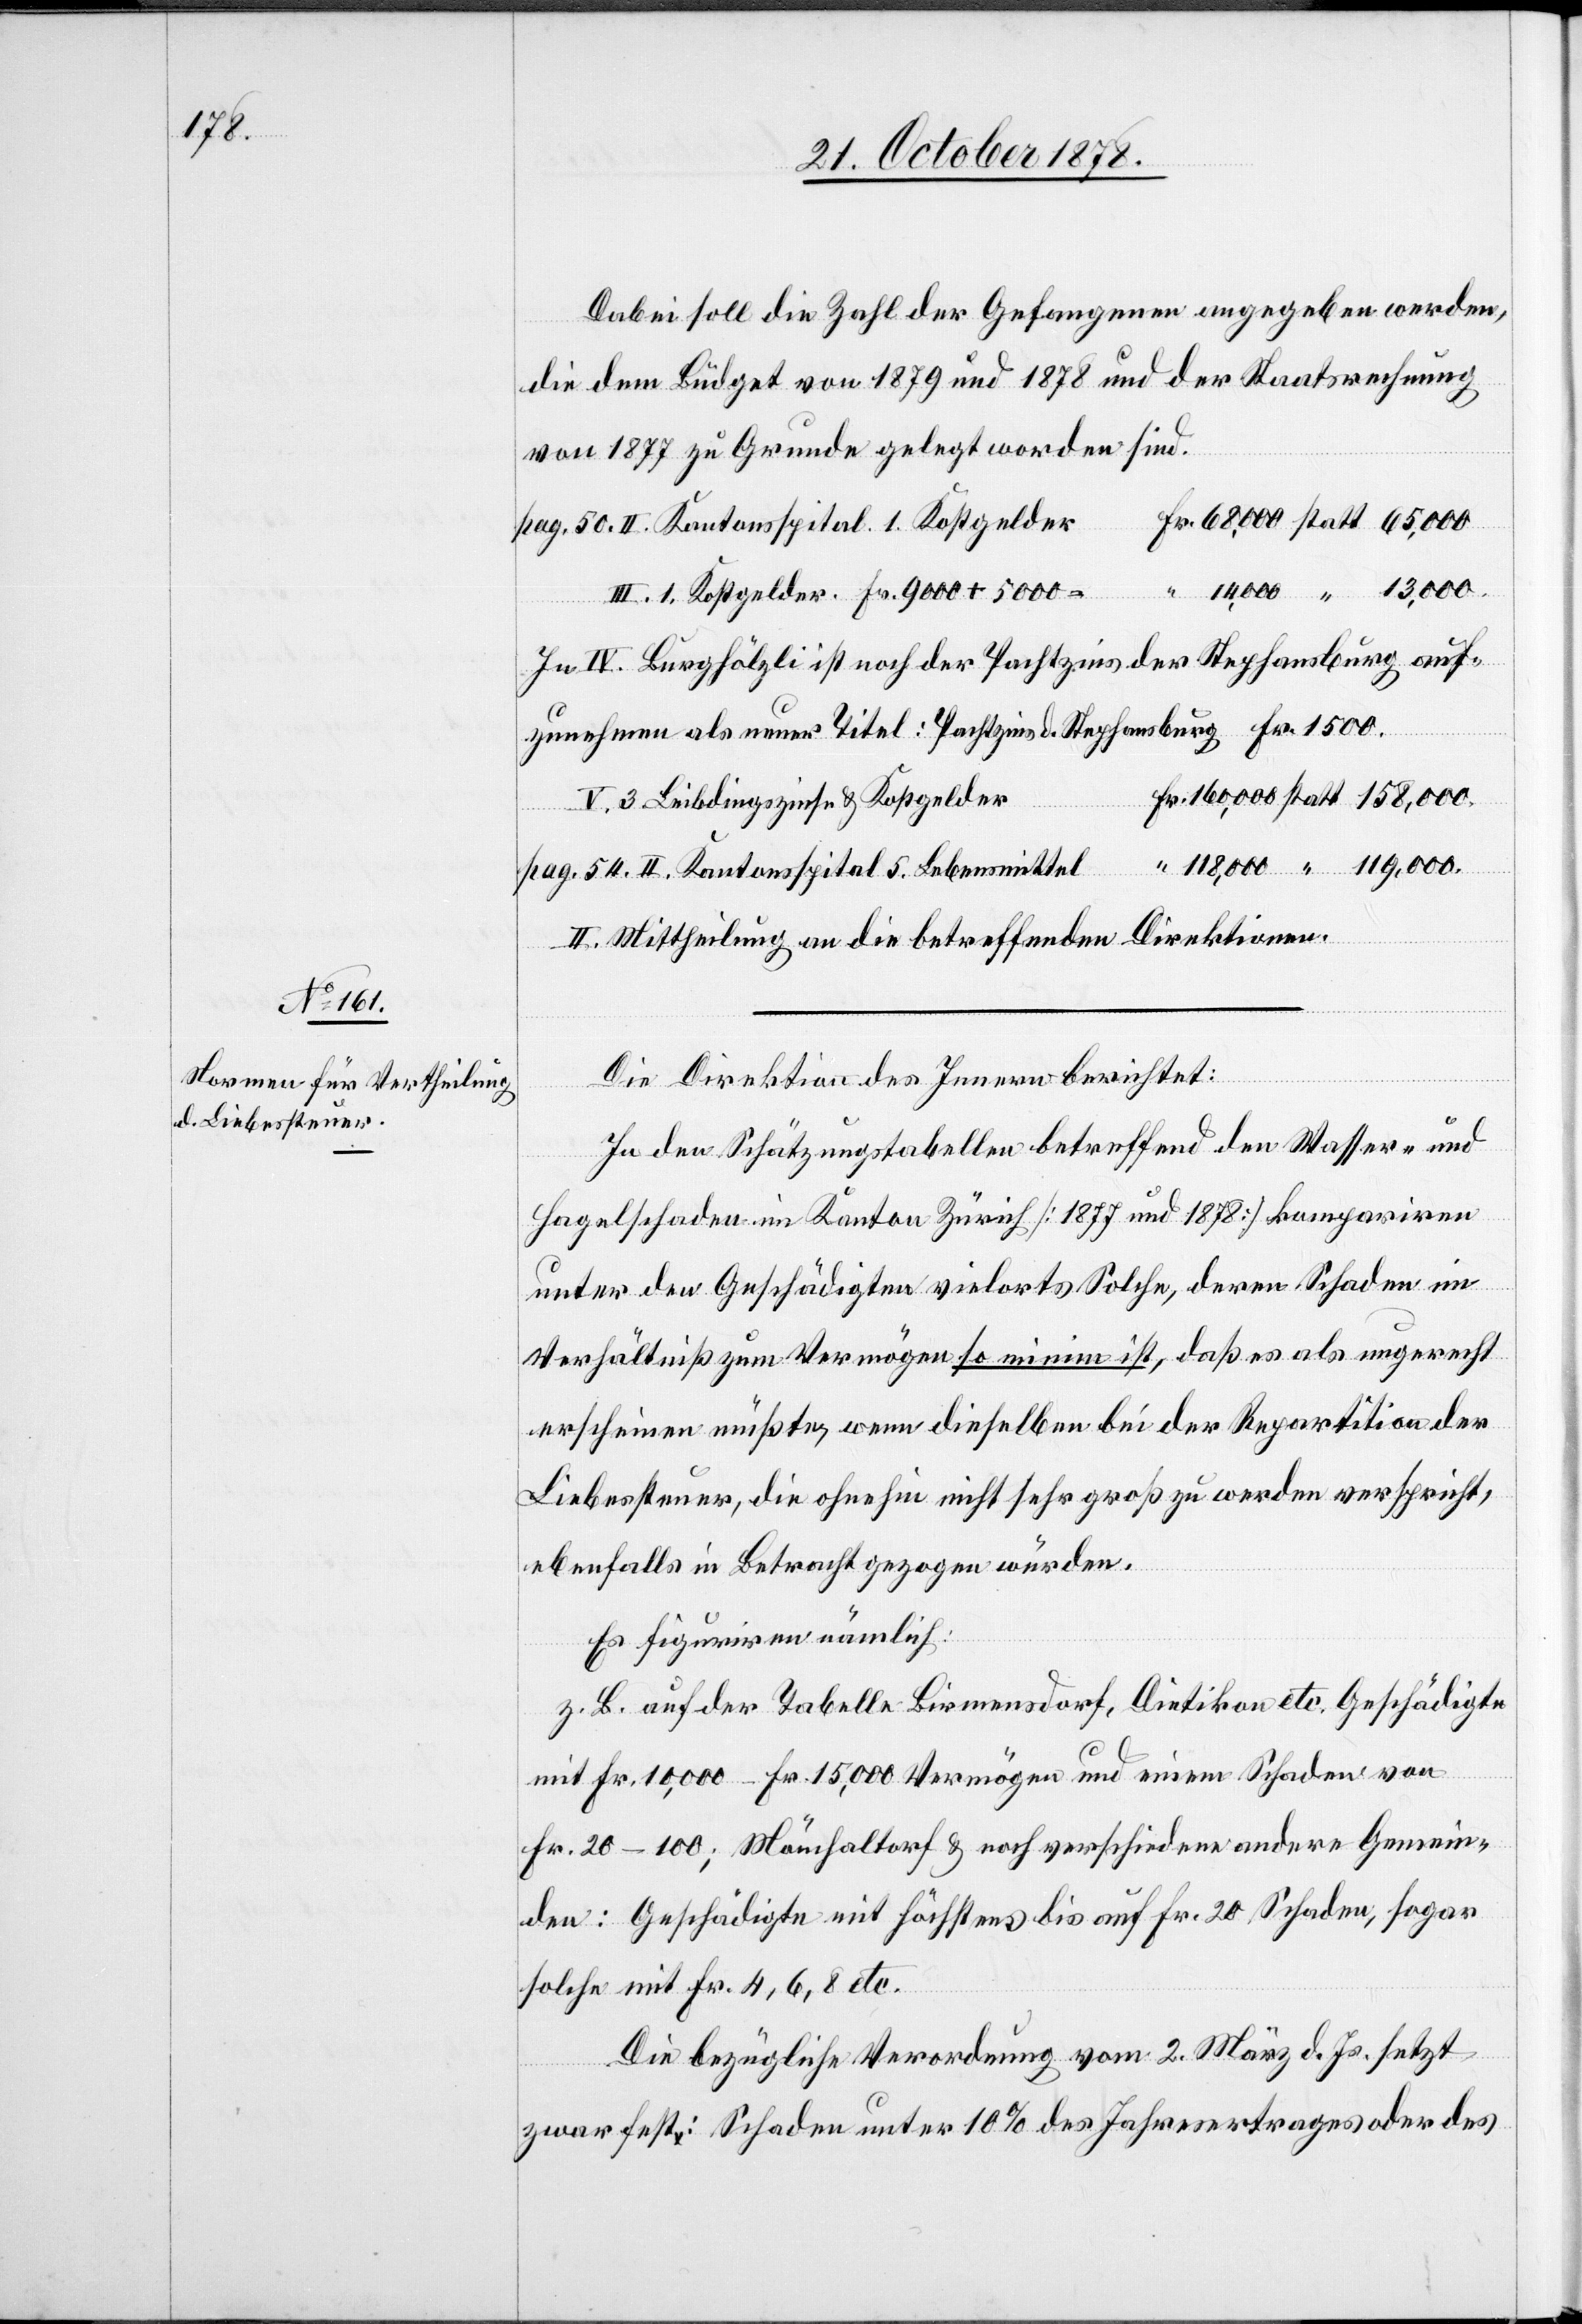
5.

Dabei soll die Zahl der Gefangenen angegeben werden,
die dem Büdget von 1879 und 1878 und der Staatsrechnung
von 1877 zu Grunde gelegt worden sind.
Fr. 9000 + 5000
In IV. Burghölzli ist noch der Pachtzins der Stephansburg auf¬
zunehmen als neuer Titel: Pachtzins d. Stephansburg Fr. 1500.
Leibdingszinse & Kopfgelder
II. Mittheilung an die betreffenden Direktionen.
Die Direktion des Innern berichtet:
In den Schätzungstabellen betreffend den Wasser- und
Hagelschaden im Kanton Zürich [1877 und 1878] kompariren
unter den Geschädigten vielorts Solche, deren Schaden im
Verhältniß zum Vermögen so minim ist, daß es als ungerecht
erscheinen müßte, wenn dieselben bei der Repartition der
Liebessteuer, die ohnehin nicht sehr groß zu werden verspricht,
ebenfalls in Betracht gezogen würden.
Es figuriren nämlich:
z. B. auf der Tabelle Birmensdorf, Dietikon etc. Geschädigte
mit Fr. 10,000 – Fr. 15,000 Vermögen und einem Schaden von
den: Geschädigte mit höchstens bis auf Fr. 20 Schaden, sogar
solche mit Fr. 4, 6, 8 etc.
Die bezügliche Verordnung vom 2. März d. Js. setzt
zwar fest: Schaden unter 10% des Jahresertrages oder des

Gem¬

ein¬